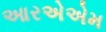
આરએએમ